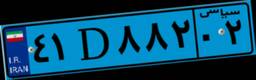
۹۷D۸۹۱۰۸